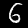
Digit: 6